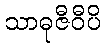
သာဓုဇီဝီပိ